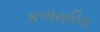
કળસરિયા